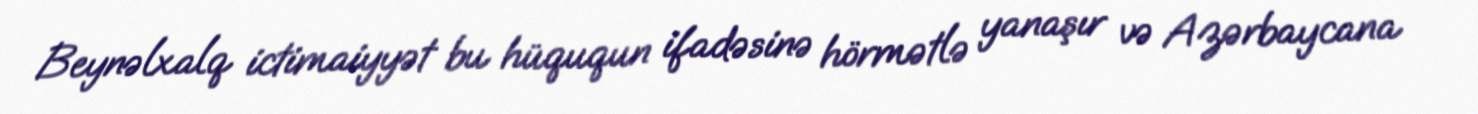
Beynəlxalq ictimaiyyət bu hüququn ifadəsinə hörmətlə yanaşır və Azərbaycana